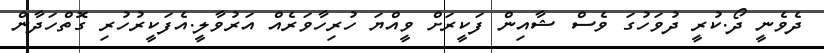
ދެވެނީ ދޯ.ކުރީ ދުވަހުގަ ވެސް ޝާއިން ފަކީރަށް ވީއްޔަ ހުރިހާވަރެއް އަރުވާލީ.އެފަކީރުހުރި ގޮތްހަދާން